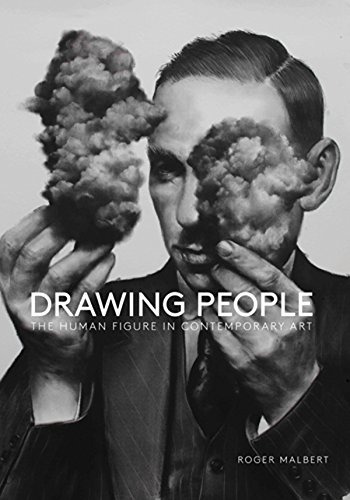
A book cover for Drawing People: The Human Figure in Contemporary Art; Roger Malbert; Arts & Photography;